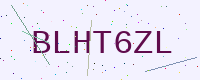
Text: BLHT6ZL